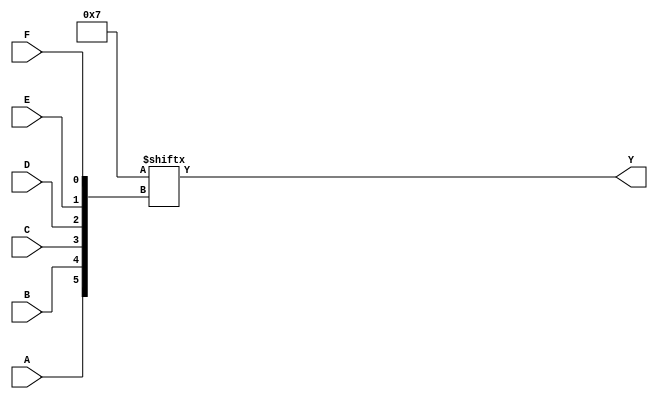
module k_map_6var (
    input wire A,
    input wire B,
    input wire C,
    input wire D,
    input wire E,
    input wire F,
    output wire Y
);

// Define the 64-cell K-map with the corresponding output values for each minterm
// This example assumes that you define your function here as a 64-bit wide signal
// where each bit corresponds to the output for the minterm represented by the inputs.

// For demonstration, this K-map will be initialized to a simple function.
// You must fill in the actual values based on your specific K-map requirements.

reg [63:0] k_map;

initial begin
    // Initialize the K-map with some example values (binary representation)
    // Set the appropriate bits to '1' based on your minterms for the function
    // Example: setting minterms (0, 1, 2, 5) to 1
    k_map = 64'b0000000000000000000000000000000000000000000000000000000000000111; // Example: minterms 0, 1, 2, 5
end

// Generate the output based on the K-map and the input variables
assign Y = k_map[{A, B, C, D, E, F}];

endmodule